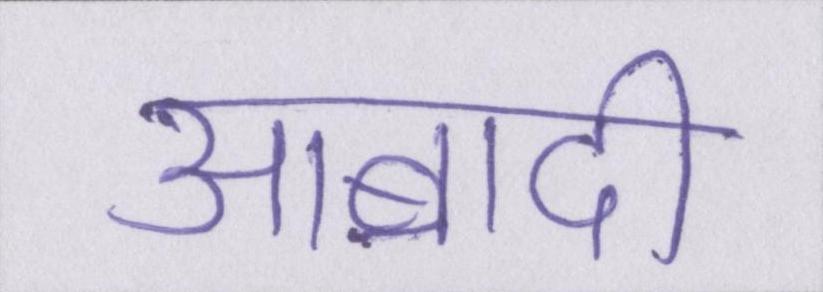
आबादी